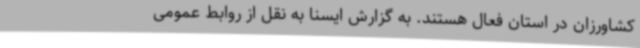
کشاورزان در استان فعال هستند. به گزارش ایسنا به نقل از روابط عمومی